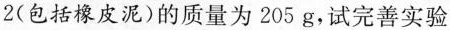
2(包括橡皮泥)的质量为205g，试完善实验